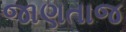
જાણતાજ